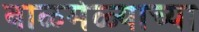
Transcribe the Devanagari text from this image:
बाळमेळ्याच्या